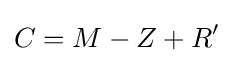
C=M-Z+R'